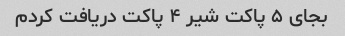
بجای ۵ پاکت شیر ۴ پاکت دریافت کردم